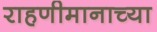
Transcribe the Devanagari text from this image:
राहणीमानाच्या